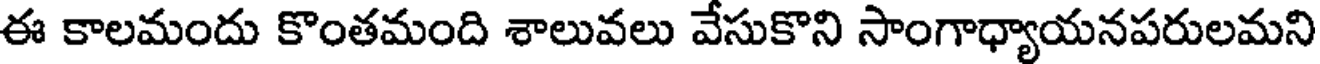
ఈ కాలమందు కొంతమంది శాలువలు వేసుకొని సాంగాధ్యాయనపరులమని